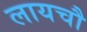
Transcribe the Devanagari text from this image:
लायचौ